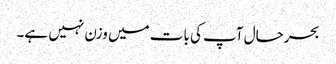
بحرحال آپ کی بات میں وزن نہیں ہے۔